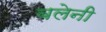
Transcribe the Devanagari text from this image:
बलेनी